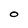
Character: 0